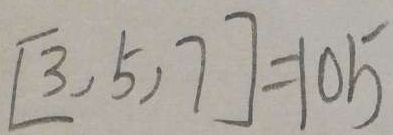
[ 3 , 5 , 7 ] = 1 6 5